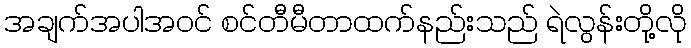
အချက်အပါအဝင် စင်တီမီတာထက်နည်းသည် ရဲလွန်းတို့လို